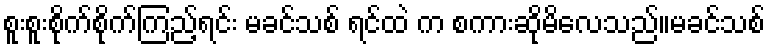
စူးစူးစိုက်စိုက်ကြည့်ရင်း မခင်သစ် ရင်ထဲ က စကားဆိုမိလေသည်။မခင်သစ်